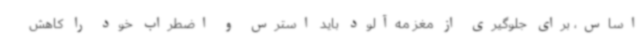
اساس، برای جلوگیری از مغز مه‌آلود باید استرس و اضطراب خود را کاهش